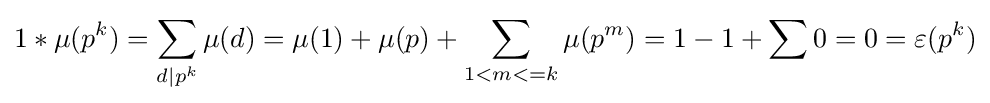
1*\mu (p^{k})=\sum _{d\mid p^{k}}\mu (d)=\mu (1)+\mu (p)+\sum _{1<m<=k}\mu (p^{m})=1-1+\sum 0=0=\varepsilon (p^{k})